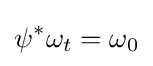
\psi ^{*}\omega _{t}=\omega _{0}